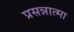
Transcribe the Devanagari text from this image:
प्रसन्नात्मा